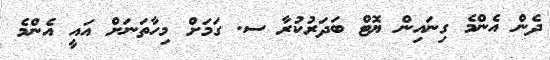
ދެން އެންމެ ގިނައިން ޔޮޓް ބަދަރުކުރާ ސ. ގަމަށް މިހާތަނަށް އައީ އެންމެ